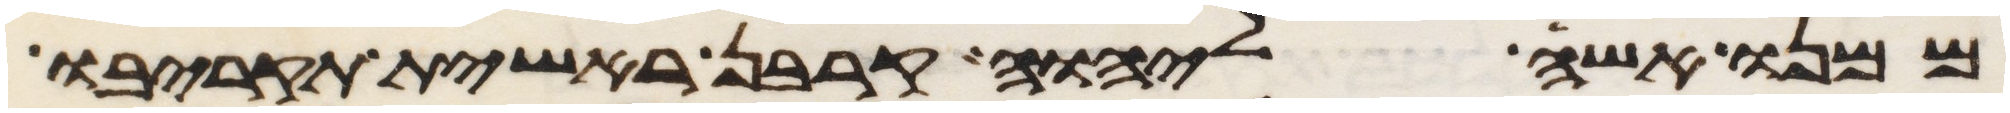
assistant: ממנו אשה ליהוה קרבן ראשית תקריבו